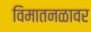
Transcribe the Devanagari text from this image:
विमातनळावर